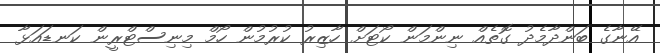
އޭނާގެ ބަންދާމެދު ގޮތެއް ނިންމަން ކޯޓަށް ހާޒިރު ކުރުމުން ހޯމް މިނިސްޓްރީން ކަނޑައަޅާ